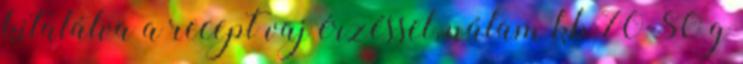
kitalálva a recept vaj érzéssel, nálam kb 70-80 g